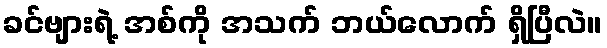
ခင်ဗျားရဲ့ အစ်ကို အသက် ဘယ်လောက် ရှိပြီလဲ။